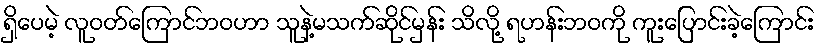
ရှိပေမဲ့ လူဝတ်ကြောင်ဘဝဟာ သူနဲ့မသက်ဆိုင်မှန်း သိလို့ ရဟန်းဘဝကို ကူးပြောင်းခဲ့ကြောင်း